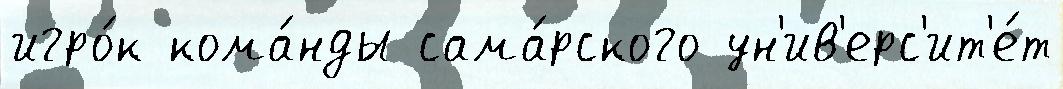
игро́к кома́нды сама́рского ун'ив'ерс'ит'е́т